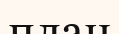
план